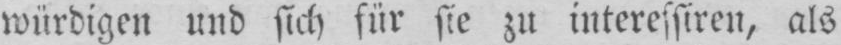
würdigen und sich für sie zu interessiren, als